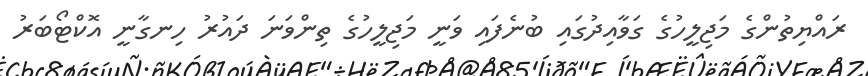
ރައްޔިތުންގެ މަޖިލީހުގެ ގަވާއިދުގައި ބުނެފައި ވަނީ މަޖިލީހުގެ ތިންވަނަ ދައުރު ހިނގާނީ އޮކްޓޯބަރު